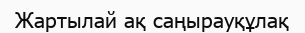
Жартылай ақ саңырауқұлақ